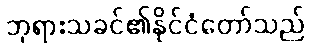
ဘုရားသခင်၏နိုင်ငံတော်သည်